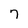
Character: 7